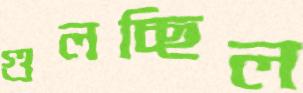
গুলচ্ছিল